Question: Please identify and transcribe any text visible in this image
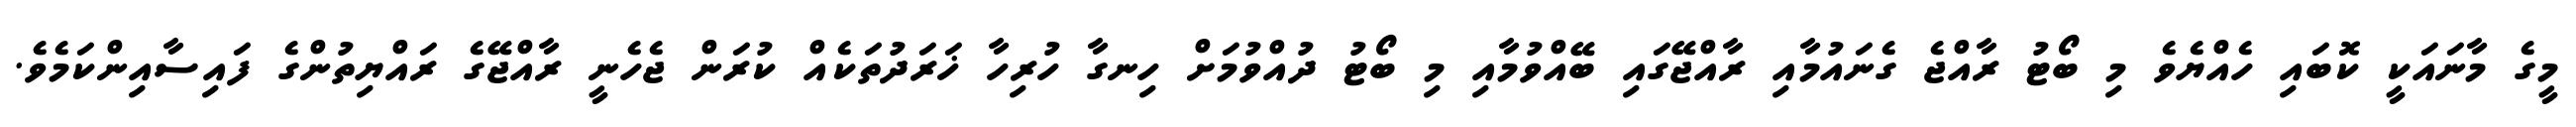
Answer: މީގެ މާނައަކީ ކޮބައި ހެއްޔެވެ މި ބޯޓު ރާއްޖެ ގެނައުމާއި ރާއްޖޭގައި ބޭއްވުމާއި މި ބޯޓު ދުއްވުމަށް ހިނގާ ހުރިހާ ޚަރަދުތަކެއް ކުރަން ޖެހެނީ ރާއްޖޭގެ ރައްޔިތުންގެ ފައިސާއިންކަމެވެ.